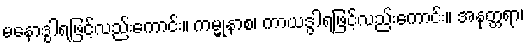
မနောဒွါရဖြင့်လည်းကောင်း။ ကမ္မုနာစ၊ ကာယဒွါရဖြင့်လည်းကောင်း။ အနုတ္တရာ၊